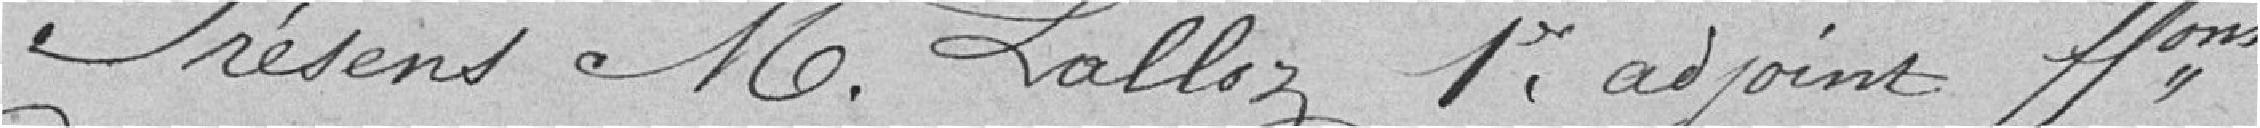
Présent M. Lalloz 1er adjoint faisant fonction